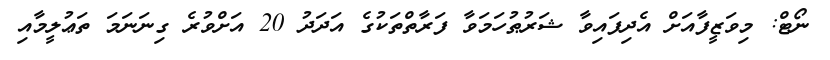
ނޯޓް: މިވަޒީފާއަށް އެދިފައިވާ ޝަރުޠުހަމަވާ ފަރާތްތަކުގެ އަދަދު 20 އަށްވުރެ ގިނަނަމަ ތަޢުލީމާއި